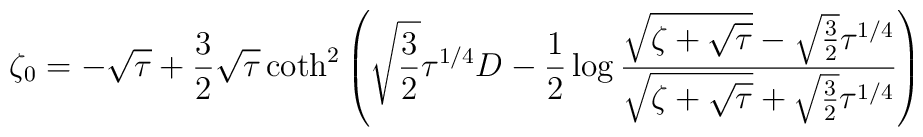
\zeta_0 = -\sqrt\tau +{3\over 2}\sqrt\tau \coth^2\left (\sqrt{3\over 2}\tau^{1/4} D-{1\over 2}\log{\sqrt{\zeta+\sqrt\tau}-\sqrt{3\over 2}\tau^{1/4}\over\sqrt{\zeta+\sqrt\tau}+\sqrt{3\over 2}\tau^{1/4} }\right )